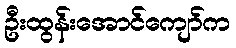
ဦးထွန်းအောင်ကျော်က